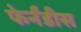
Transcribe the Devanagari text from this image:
फेर्नंडीस